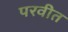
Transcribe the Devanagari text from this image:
परवीत